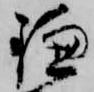
鎌